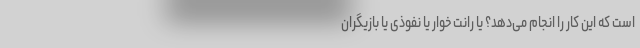
است که این کار را انجام می‌دهد؟ یا رانت خوار یا نفوذی یا بازیگران